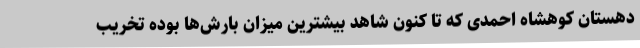
دهستان کوهشاه احمدی که تا کنون شاهد بیشترین میزان بارش‌ها بوده تخریب